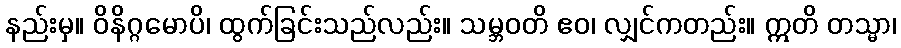
နည်းမှ။ ဝိနိဂ္ဂမောပိ၊ ထွက်ခြင်းသည်လည်း။ သမ္ဘဝတိ ဧဝ၊ လျှင်ကတည်း။ ဣတိ တသ္မာ၊